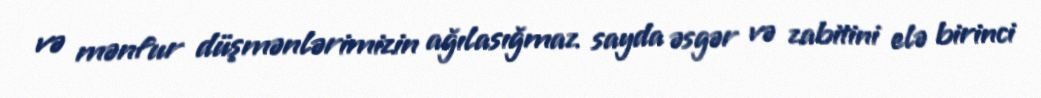
və mənfur düşmənlərimizin ağılasığmaz sayda əsgər və zabitini elə birinci